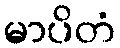
မာပိတံ